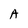
Character: A